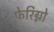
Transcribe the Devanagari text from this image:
फ़ेरिग्नो